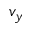
v _ { y }